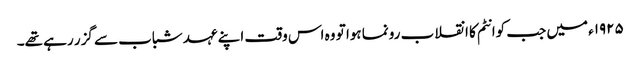
١٩٢٥ء میں جب کوانٹم کا انقلاب رونما ہوا تو وہ اس وقت اپنے عہد شباب سے گزر رہے تھے۔